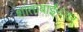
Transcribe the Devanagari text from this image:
शांताबाईंनंतर